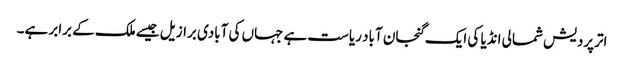
اترپردیش شمالی انڈیا کی ایک گنجان آباد ریاست ہے جہاں کی آبادی برازیل جیسے ملک کے برابر ہے۔